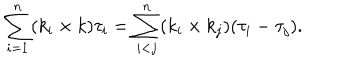
LaTeX: \sum _ { i = 1 } ^ { n } ( k _ { i } \times k ) \tau _ { i } = \sum _ { i < j } ^ { n } ( k _ { i } \times k _ { j } ) ( \tau _ { i } - \tau _ { j } ) .